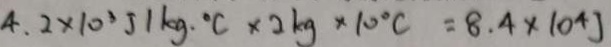
4 . 2 \times 1 0 ^ { 3 } J 1 k g \cdot ^ { \circ } C \times 2 k g \times 1 0 ^ { \circ } C = 8 . 4 \times 1 0 ^ { 4 } J